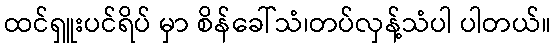
ထင်ရှူးပင်ရိပ် မှာ စိန်ခေါ်သံ၊တပ်လှန့်သံပါ ပါတယ်။